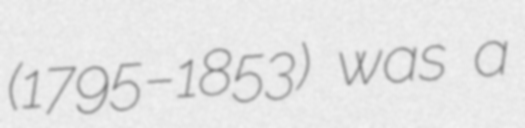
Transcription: (1795–1853) was a